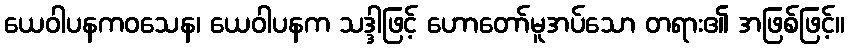
ယေဝါပနကဝသေန၊ ယေဝါပနက သဒ္ဒါဖြင့် ဟောတော်မူအပ်သော တရား၏ အဖြစ်ဖြင့်။